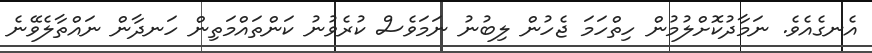
އެނގެއެވެ. ނަމާދުކޮށްލުމުން ހިތްހަމަ ޖެހުން ލިބުނު ނަމަވެސް ކުރެވުނު ކަންތައްމަތިން ހަނދާން ނައްތާލެވޭނެ